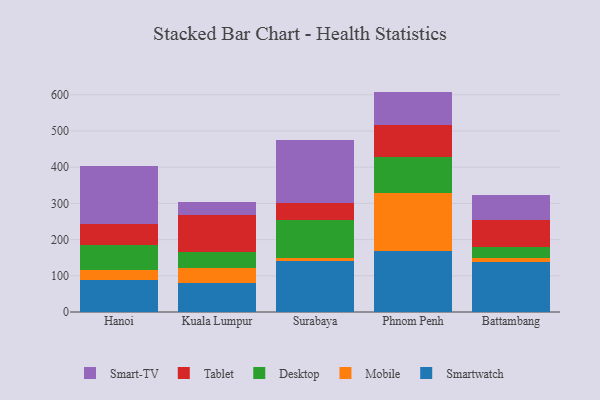
{"axis": {"x": "City", "y": "Temperature (°C)"}, "legend": ["Desktop", "Mobile", "Smart-TV", "Smartwatch", "Tablet"], "data": [{"x": "Hanoi", "y": 87.6, "type": "Smartwatch"}, {"x": "Hanoi", "y": 28.5, "type": "Mobile"}, {"x": "Hanoi", "y": 70.3, "type": "Desktop"}, {"x": "Hanoi", "y": 55.5, "type": "Tablet"}, {"x": "Hanoi", "y": 161.6, "type": "Smart-TV"}, {"x": "Kuala Lumpur", "y": 80.1, "type": "Smartwatch"}, {"x": "Kuala Lumpur", "y": 41.6, "type": "Mobile"}, {"x": "Kuala Lumpur", "y": 45.2, "type": "Desktop"}, {"x": "Kuala Lumpur", "y": 101.4, "type": "Tablet"}, {"x": "Kuala Lumpur", "y": 34.7, "type": "Smart-TV"}, {"x": "Surabaya", "y": 141.1, "type": "Smartwatch"}, {"x": "Surabaya", "y": 8.8, "type": "Mobile"}, {"x": "Surabaya", "y": 104.3, "type": "Desktop"}, {"x": "Surabaya", "y": 45.5, "type": "Tablet"}, {"x": "Surabaya", "y": 175.9, "type": "Smart-TV"}, {"x": "Phnom Penh", "y": 168.5, "type": "Smartwatch"}, {"x": "Phnom Penh", "y": 159.2, "type": "Mobile"}, {"x": "Phnom Penh", "y": 100.6, "type": "Desktop"}, {"x": "Phnom Penh", "y": 86.8, "type": "Tablet"}, {"x": "Phnom Penh", "y": 93.6, "type": "Smart-TV"}, {"x": "Battambang", "y": 136.9, "type": "Smartwatch"}, {"x": "Battambang", "y": 12.1, "type": "Mobile"}, {"x": "Battambang", "y": 31.3, "type": "Desktop"}, {"x": "Battambang", "y": 74.9, "type": "Tablet"}, {"x": "Battambang", "y": 68.8, "type": "Smart-TV"}]}